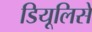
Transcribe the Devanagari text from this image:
डियूलिसे